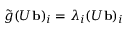
\tilde { g } ( U { \bf b } ) _ { i } = \lambda _ { i } ( U { \bf b } ) _ { i }